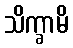
သိက္ခာမိ